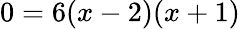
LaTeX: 0=6(x-2)(x+1)